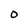
Character: O